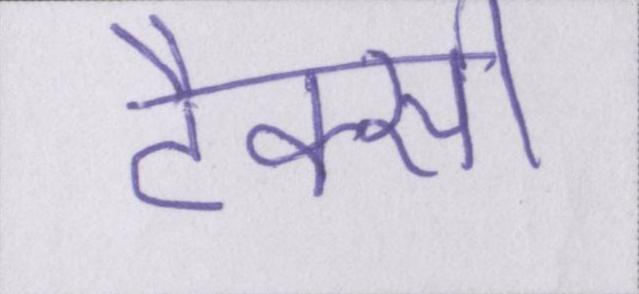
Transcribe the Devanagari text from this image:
टैक्सी